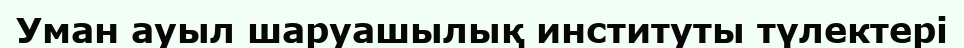
Уман ауыл шаруашылық институты түлектері